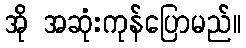
အို အဆုံးကုန်ပြောမည်။